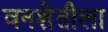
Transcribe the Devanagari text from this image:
वनशेतीला